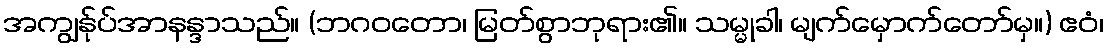
အကျွန်ုပ်အာနန္ဒာသည်။ (ဘဂဝတော၊ မြတ်စွာဘုရား၏။ သမ္မုခါ၊ မျက်မှောက်တော်မှ။) ဧဝံ၊